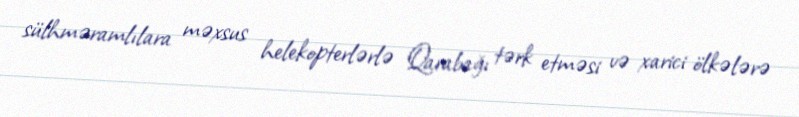
sülhməramlılara məxsus helekopterlərlə Qarabağı tərk etməsi və xarici ölkələrə